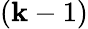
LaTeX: (\mathbf{k}-1)